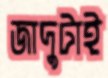
জাদুটাই